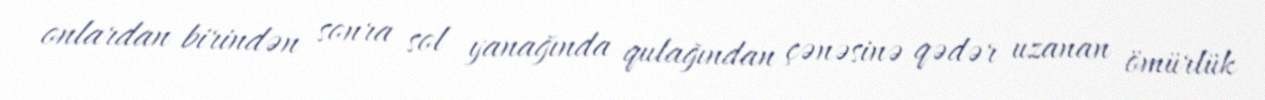
onlardan birindən sonra sol yanağında qulağından çənəsinə qədər uzanan ömürlük